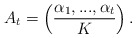
\begin{align*}A_{t}=\left( \frac{\alpha _{1},...,\alpha _{t}}{K}\right) . \end{align*}